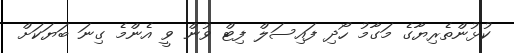
ކުޅުންތެރިޔާގެ މަގާމު ހޯދި ފައިސަލް ފިޓް ވުން ވީ އެންމެ ގިނަ ބަޔަކަށް